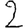
Digit: 2